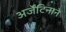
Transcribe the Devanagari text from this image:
अर्जेंटिनाने